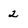
Character: 2